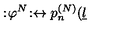
: \! \varphi ^ { N } \! : \leftrightarrow p _ { n } ^ { ( N ) } ( \underline { { l } }